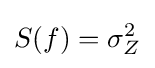
S(f)=\sigma _{Z}^{2}